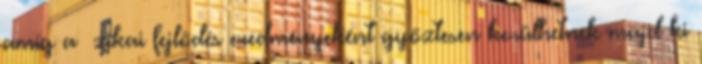
amíg a ﬁzikai fejlődés eredményeként győztesen kerülhetnek majd ki